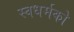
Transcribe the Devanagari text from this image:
स्‍वधर्मको